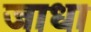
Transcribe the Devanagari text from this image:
जाधा